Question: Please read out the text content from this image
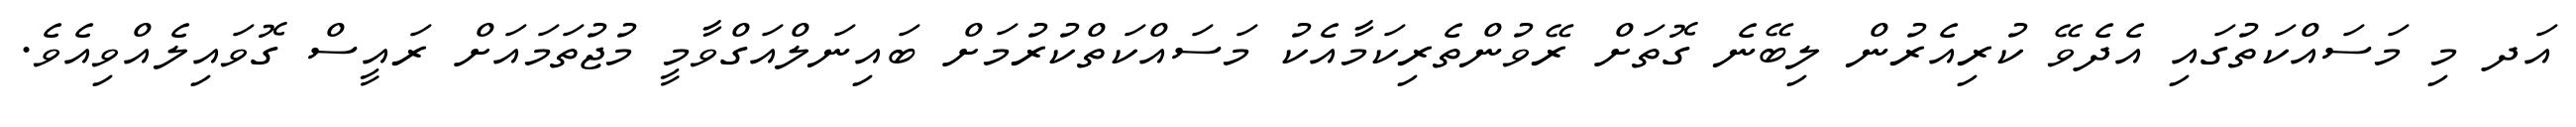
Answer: އަދ މި މަސައްކަތުގައި އެދެވޭ ކުރިއެރުން ލިބޭނެ ގޮތަށް ރޭވުންތެރިކަމާއެކު މަސައްކަތްކުރުމަށް ބައިނަލްއަގްވާމީ މުޖުތަމައަށް ރައީސް ގޮވައިލެއްވިއެވެ.